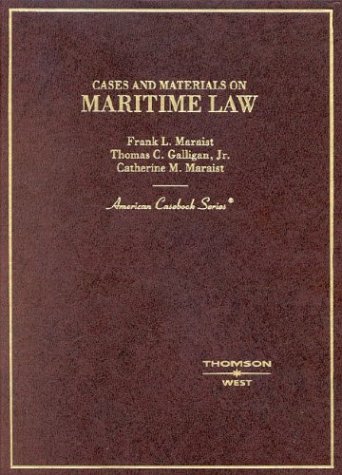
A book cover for Maritime Law: Cases and Materials (American Casebook Series); Frank L. Maraist; Law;